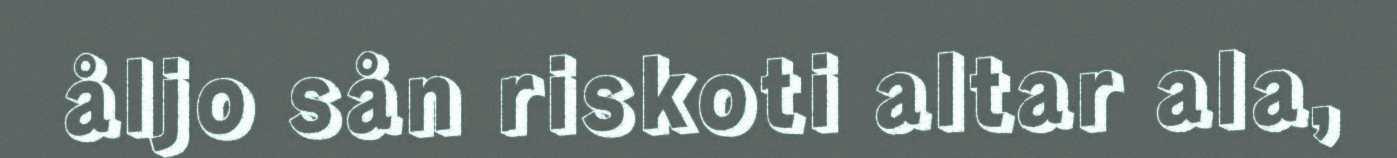
åljo sån riskoti altar ala,